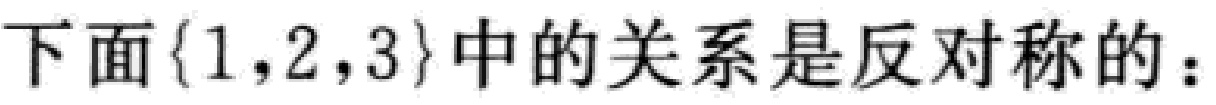
下面$\{1,2,3\}$中的关系是反对称的：